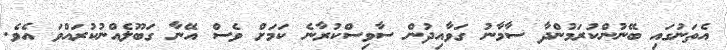
އެތަނުގައި ބޭނުންކުރަމުންދާ ސާމާނު ގަވާއިދުން ސާވިސްކުރާނެ ކަމަށް ވެސް އޭނާ ގަބޫލެއްނުކުރައްވަ އެވެ.